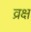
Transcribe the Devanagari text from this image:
व्रक्ष